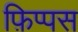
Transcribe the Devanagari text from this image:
फ़िप्पस